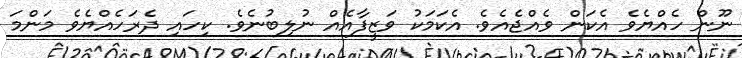
ނޫން ހެއްޔެވެ އެކަން ވެއްޖެއެވެ. އެކަމަކު ވަޒީފާއެއް ނުލިބުނެވެ. ކިހައި ދެރަހެއްޔެވެ މަންމަ